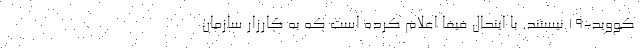
کووید-۱۹ نیستند. با اینحال فیفا اعلام کرده است که به کارزار سازمان